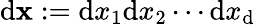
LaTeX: \mathrm{d}\mathbf{{x}}:=\mathrm{d}x_{1}\mathrm{d}x_{2}\cdots\mathrm{d}x_{\mathrm{d}}